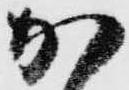
加